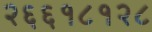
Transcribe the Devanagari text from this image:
२६६१८१२८